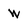
Character: W